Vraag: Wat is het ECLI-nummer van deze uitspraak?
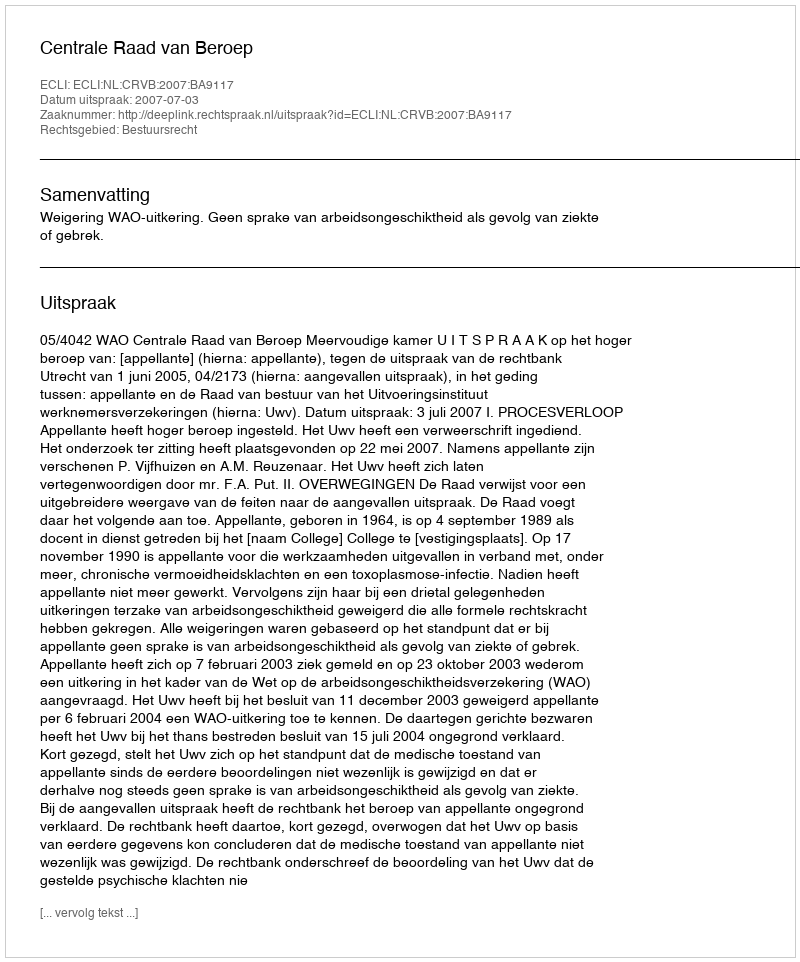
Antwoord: ECLI:NL:CRVB:2007:BA9117